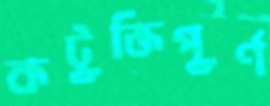
কটূক্তিপূর্ণ